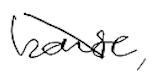
Text: house,
Cross-out: diagonal
Writing tool: digital_black